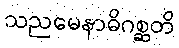
သညမေနာဓိဂစ္ဆတိ